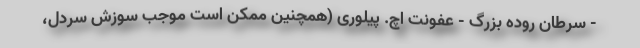
- سرطان روده بزرگ - عفونت اچ. پیلوری (همچنین ممکن است موجب سوزش سردل،